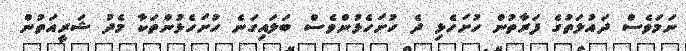
ނަމަވެސް ދައުލަތުގެ ފަރާތުން ހުށަހެޅި ދެ ހުށަހެޅުންވެސް ބަލައިގަނެ ހުށަހެޅުންތަކާ މެދު ޝަރީއަތުން